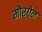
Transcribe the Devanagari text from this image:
मोर्गेन